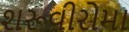
શરૂવીરોમા